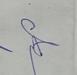
Signature authenticity: genuine